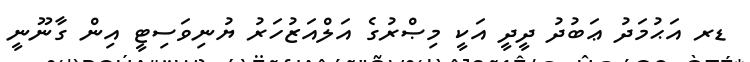
ޑރ އަޙުމަދު ޢަބުދު ދީދީ އަކީ މިޞްރުގެ އަލްއަޒުހަރު ޔުނިވަސިޓީ އިން ގާނޫނީ